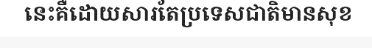
នេះគឺដោយសារតែប្រទេសជាតិមានសុខ